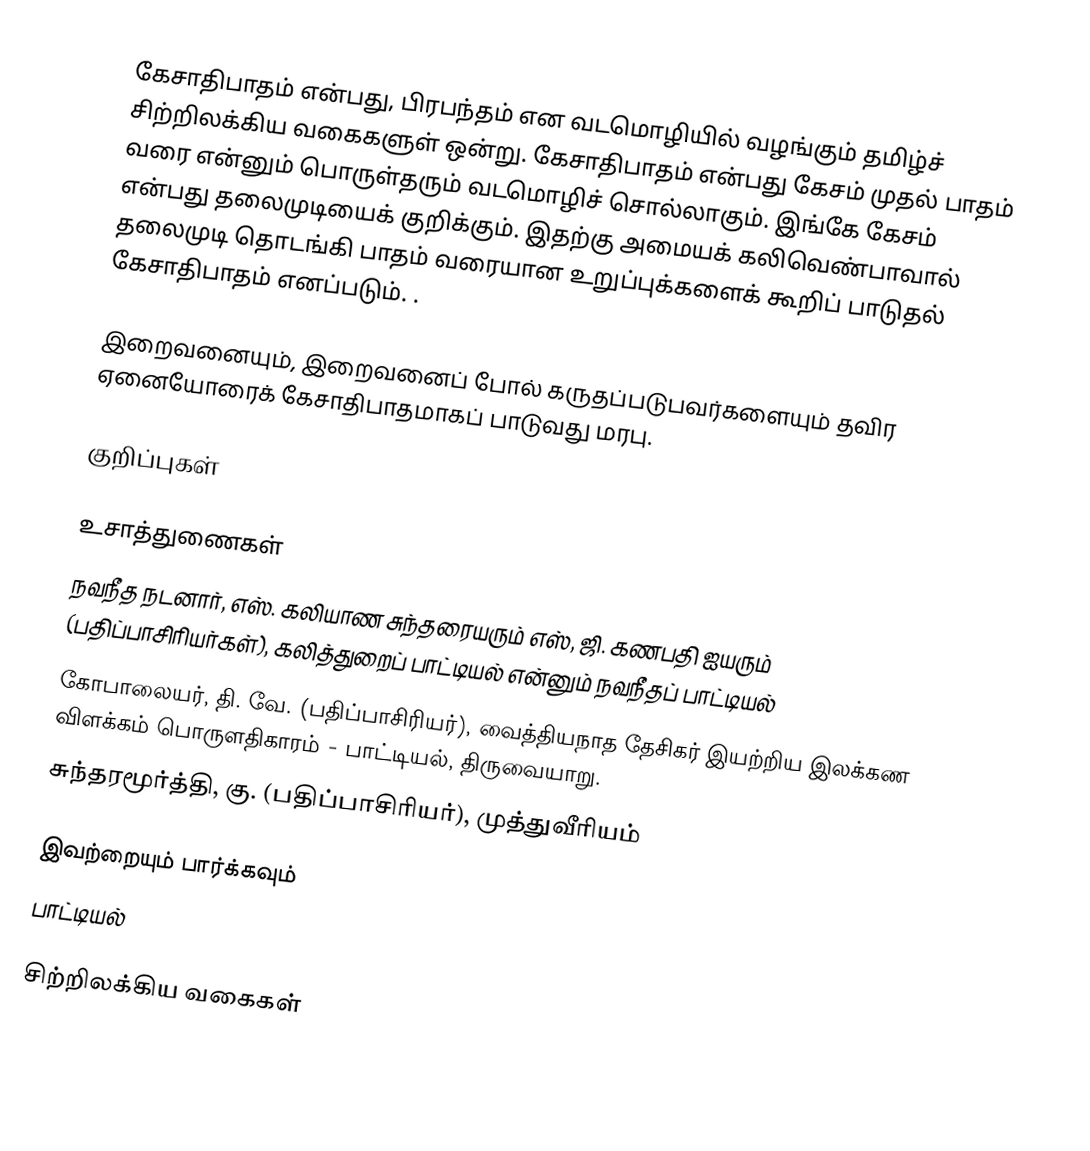
கேசாதிபாதம் என்பது, பிரபந்தம் என வடமொழியில் வழங்கும் தமிழ்ச் சிற்றிலக்கிய வகைகளுள் ஒன்று. கேசாதிபாதம் என்பது கேசம் முதல் பாதம் வரை என்னும் பொருள்தரும் வடமொழிச் சொல்லாகும். இங்கே கேசம் என்பது தலைமுடியைக் குறிக்கும். இதற்கு அமையக் கலிவெண்பாவால் தலைமுடி தொடங்கி பாதம் வரையான உறுப்புக்களைக் கூறிப் பாடுதல் கேசாதிபாதம் எனப்படும். .

இறைவனையும், இறைவனைப் போல் கருதப்படுபவர்களையும் தவிர ஏனையோரைக் கேசாதிபாதமாகப் பாடுவது மரபு.

குறிப்புகள்

உசாத்துணைகள்
 நவநீத நடனார், எஸ். கலியாண சுந்தரையரும் எஸ், ஜி. கணபதி ஐயரும் (பதிப்பாசிரியர்கள்), கலித்துறைப் பாட்டியல் என்னும் நவநீதப் பாட்டியல்
 கோபாலையர், தி. வே. (பதிப்பாசிரியர்), வைத்தியநாத தேசிகர் இயற்றிய இலக்கண விளக்கம் பொருளதிகாரம் - பாட்டியல், திருவையாறு.
 சுந்தரமூர்த்தி, கு. (பதிப்பாசிரியர்), முத்துவீரியம்

இவற்றையும் பார்க்கவும்
 பாட்டியல்

சிற்றிலக்கிய வகைகள்